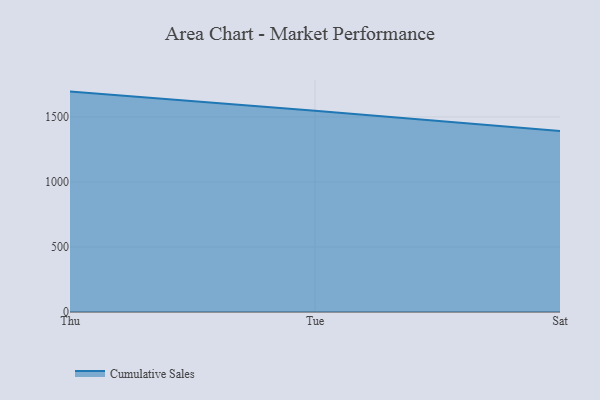
{"axis": {"x": "Day", "y": "Market Share (%)"}, "legend": ["Cumulative Sales"], "data": [{"x": "Thu", "y": 1694.8, "type": "Cumulative Sales"}, {"x": "Tue", "y": 1547.1, "type": "Cumulative Sales"}, {"x": "Sat", "y": 1390.9, "type": "Cumulative Sales"}]}